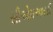
સીએમઆરટી